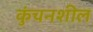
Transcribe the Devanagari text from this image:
कुंचनशील